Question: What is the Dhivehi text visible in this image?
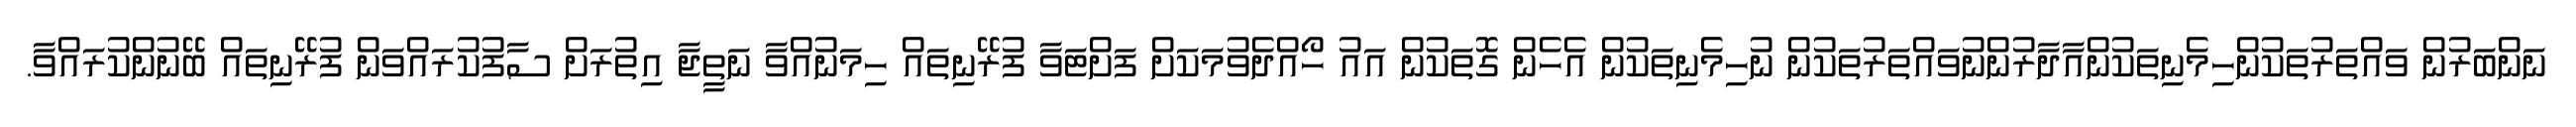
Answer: ނަންބަރުން ވައްތަރުތަކުންހިމެނިތަކުންއާދާރުންނުވައްތަރުތަކުން ނުހިމެނިތަކުން އެހެން ގޮތަކުން އައު ހޯއްދެވުމަކަށް ފަށްޓަވާ ފުރޭނިތައް ހިމަނުއްވާ ނަތީޖާ އިތުރަށް ސާފުކުރައްވަން ފުރޭނިތައް ބޭނުންކުރައްވާ.